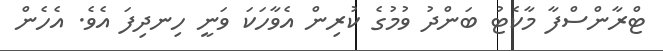
ޓްރާންސްފާ މާކެޓު ބަންދު ވުމުގެ ކުރިން އެވާހަކަ ވަނީ ހިނދިފަ އެވެ. އެހެން